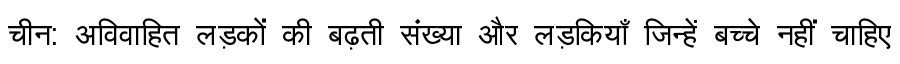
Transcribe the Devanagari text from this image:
चीन: अविवाहित लड़कों की बढ़ती संख्या और लड़कियाँ जिन्हें बच्चे नहीं चाहिए